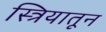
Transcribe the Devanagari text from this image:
स्त्रियातून